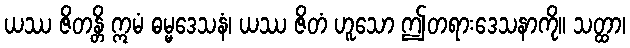
ယဿ ဇိတန္တိ ဣမံ ဓမ္မဒေသနံ၊ ယဿ ဇိတံ ဟူသော ဤတရားဒေသနာကို။ သတ္ထာ၊